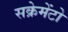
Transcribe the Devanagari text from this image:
सक्रेमेंटो